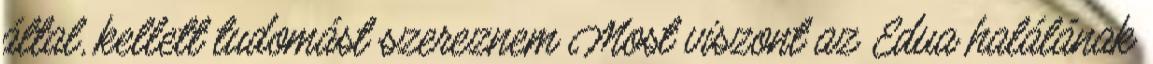
által, kellett tudomást szereznem Most viszont az Edua halálának